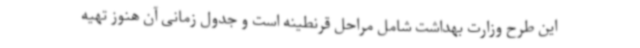
این طرح وزارت بهداشت شامل مراحل قرنطینه است و جدول زمانی آن هنوز تهیه